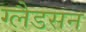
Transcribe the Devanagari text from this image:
ग्लैडसन